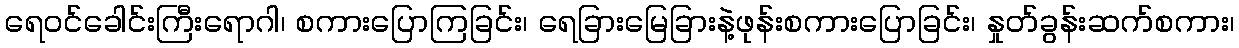
ရေဝင်ခေါင်းကြီးရောဂါ၊ စကားပြောကြခြင်း၊ ရေခြားမြေခြားနဲ့ဖုန်းစကားပြောခြင်း၊ နှုတ်ခွန်းဆက်စကား၊